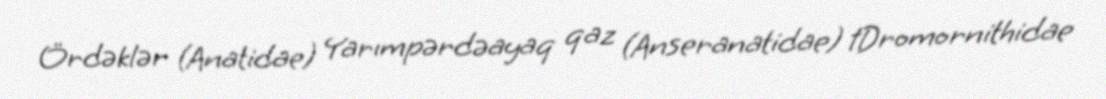
Ördəklər (Anatidae) Yarımpərdəayaq qaz (Anseranatidae) †Dromornithidae